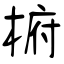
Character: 椨